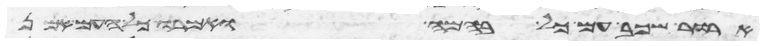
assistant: ארור שכב עם כל בהמה ואמרו כל העם אמן